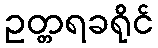
ဥတ္တရခရိုင်